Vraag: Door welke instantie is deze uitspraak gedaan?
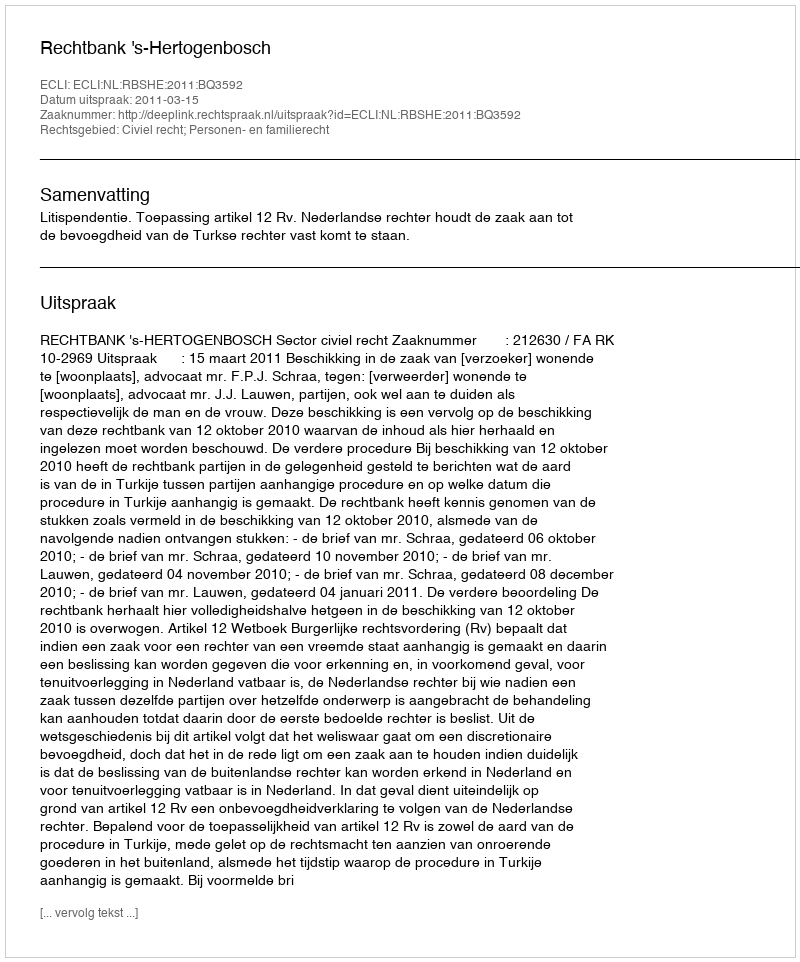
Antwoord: Rechtbank 's-Hertogenbosch